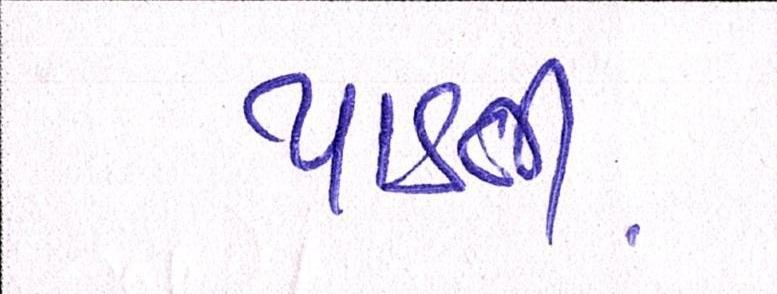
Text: પાડતી